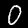
Digit: 0